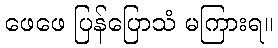
ဖေဖေ ပြန်ပြောသံ မကြားရ။